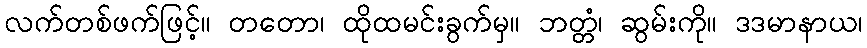
လက်တစ်ဖက်ဖြင့်။ တတော၊ ထိုထမင်းခွက်မှ။ ဘတ္တံ၊ ဆွမ်းကို။ ဒဒမာနာယ၊